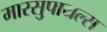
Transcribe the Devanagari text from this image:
मारसुपायल्स